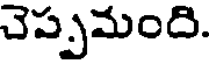
చెప్పమంది.